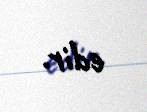
edir.